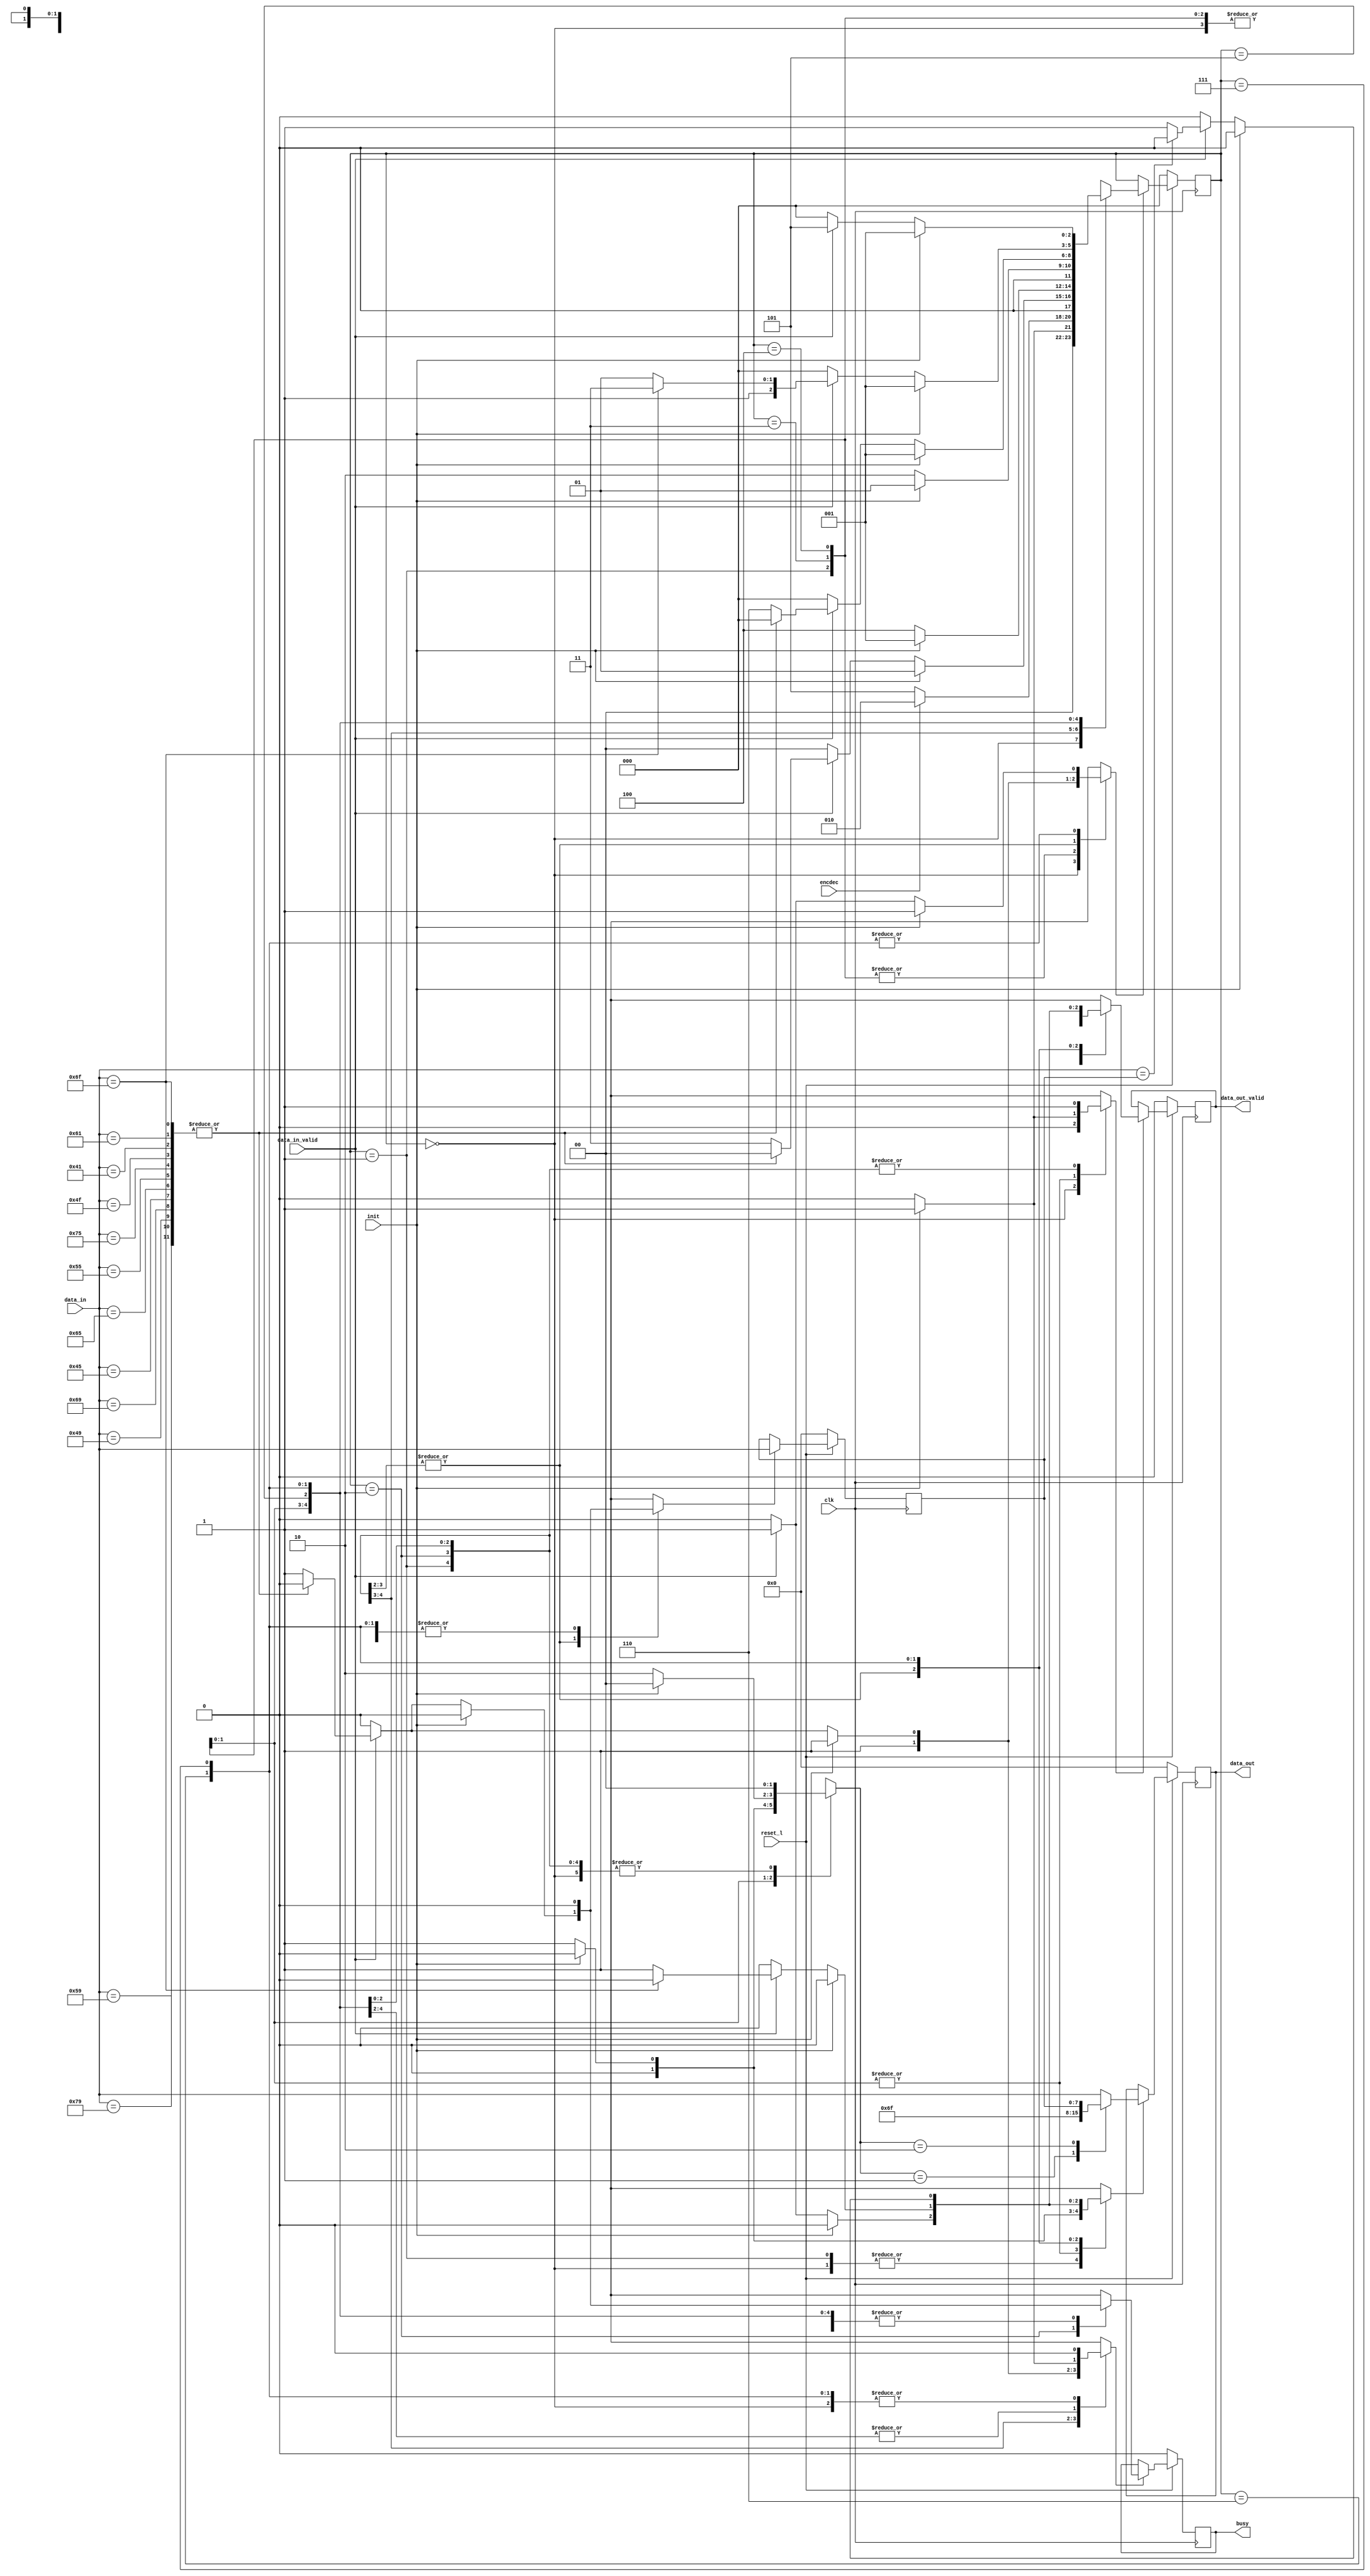
//======================================================================
//
// robber_language.v
// -----------------
// RTL Verilog 2001 compliant code for a simple IP-core that implements
// the "Robber Language" as specified by Astrid Lindgren.
//
// The core accepts 8-bit character data as input and will emit 8-bit
// data.
//
// Copyright (c) 2007-2019, Assured AB
// All rights reserved.
//
// Redistribution and use in source and binary forms, with or
// without modification, are permitted provided that the following
// conditions are met:
//
// 1. Redistributions of source code must retain the above copyright
//    notice, this list of conditions and the following disclaimer.
//
// 2. Redistributions in binary form must reproduce the above copyright
//    notice, this list of conditions and the following disclaimer in
//    the documentation and/or other materials provided with the
//    distribution.
//
// THIS SOFTWARE IS PROVIDED BY THE COPYRIGHT HOLDERS AND CONTRIBUTORS
// "AS IS" AND ANY EXPRESS OR IMPLIED WARRANTIES, INCLUDING, BUT NOT
// LIMITED TO, THE IMPLIED WARRANTIES OF MERCHANTABILITY AND FITNESS
// FOR A PARTICULAR PURPOSE ARE DISCLAIMED. IN NO EVENT SHALL THE
// COPYRIGHT OWNER OR CONTRIBUTORS BE LIABLE FOR ANY DIRECT, INDIRECT,
// INCIDENTAL, SPECIAL, EXEMPLARY, OR CONSEQUENTIAL DAMAGES (INCLUDING,
// BUT NOT LIMITED TO, PROCUREMENT OF SUBSTITUTE GOODS OR SERVICES;
// LOSS OF USE, DATA, OR PROFITS; OR BUSINESS INTERRUPTION) HOWEVER
// CAUSED AND ON ANY THEORY OF LIABILITY, WHETHER IN CONTRACT,
// STRICT LIABILITY, OR TORT (INCLUDING NEGLIGENCE OR OTHERWISE)
// ARISING IN ANY WAY OUT OF THE USE OF THIS SOFTWARE, EVEN IF
// ADVISED OF THE POSSIBILITY OF SUCH DAMAGE.
//
//======================================================================

module robber_language(
	               input wire          clk,
	               input wire          reset_l,

                       input wire [7 : 0]  data_in,
	               input wire          data_in_valid,

	               input wire          init,
	               input wire          encdec,
		       output wire         busy,

	               output wire [7 : 0] data_out,
	               output wire         data_out_valid
	              );


  //----------------------------------------------------------------
  // Constant and parameter definitions.
  //----------------------------------------------------------------
  // Output mux control.
  parameter  DOUT_DIN  = 0;
  parameter  DOUT_OH   = 1;
  parameter  DOUT_HOLD = 2;

  // Symbolic names for control FSM states.
  parameter FSM_IDLE = 0;
  parameter FSM_INIT = 1;
  parameter FSM_ENC0 = 2;
  parameter FSM_ENC1 = 3;
  parameter FSM_ENC2 = 4;
  parameter FSM_DEC0 = 5;
  parameter FSM_DEC1 = 6;
  parameter FSM_DEC2 = 7;


  //----------------------------------------------------------------
  // Register declarations.
  //----------------------------------------------------------------
  // consonant_hold_reg
  // Hold register for received consonants.
  reg [7 : 0] consonant_hold_reg;
  reg 	      consonant_hold_we;

  // data_out_reg
  // Data output register.
  reg [7 : 0] data_out_reg;
  reg [7 : 0] data_out_new;
  reg 	      data_out_we;

  // data_out_valid_reg
  // Data output register.
  reg data_out_valid_reg;
  reg data_out_valid_new;
  reg data_out_valid_we;

  // busy_reg;
  // Output register for the busy signal. We don't want
  // combinational loops from the data_in_valid to busy.
  reg busy_reg;
  reg busy_new;
  reg busy_we;

  // robber_language_state_reg
  // control FSM state register.
  reg [2 : 0] robber_language_state_reg;
  reg [2 : 0] robber_language_state_new;
  reg 	      robber_language_state_we;


  //----------------------------------------------------------------
  // Variable declarations - wires.
  //----------------------------------------------------------------
  // is_consonant
  // flag signal. If set the current data on the data_in port
  // is a consonant.
  reg is_consonant;

  // data_out_mux_ctrl
  // control signal for the data out mux.
  reg [1 : 0]  data_out_mux_ctrl;


  //----------------------------------------------------------------
  // Concurrent assignments
  // Connecting output ports to output registers.
  //----------------------------------------------------------------
  assign busy 		= busy_reg;
  assign data_out 	= data_out_reg;
  assign data_out_valid = data_out_valid_reg;


  //----------------------------------------------------------------
  // reg_update
  // This block contains all the register updates.
  // All registers are positive edge triggered with synchronous
  // active low reset.
  //----------------------------------------------------------------
  always @ (posedge clk)
    begin
      if (!reset_l)
	begin
	  // Reset all registers to defined values.
	  consonant_hold_reg        <= 1'h0;
	  busy_reg 	            <= 1'h0;
	  data_out_reg              <= 1'h0;
	  data_out_valid_reg        <= 1'h0;
	  robber_language_state_reg <= FSM_IDLE;
	end
      else
	begin
	  if (consonant_hold_we)
	    consonant_hold_reg <= data_in;

	  if (busy_we)
	    busy_reg <= busy_new;

	  if (data_out_we)
	    data_out_reg <= data_out_new;

	  if (data_out_valid_we)
	    data_out_valid_reg <= data_out_valid_new;

	  if (robber_language_state_we)
	    robber_language_state_reg <= robber_language_state_new;
	end
    end


  //----------------------------------------------------------------
  // consonant_detect
  // This combinational block implements the logic needed to detect
  // consonants. Simply by eliminating all vowels.
  //----------------------------------------------------------------
  always @*
    begin : consonant_detect
      case (data_in)
        "a", "A", "o", "O", "u", "U", "e", "E", "i", "I", "y", "Y":
          is_consonant = 1'h0;

        default:
          is_consonant = 1'h1;
      endcase // case (data_in)
    end // consonant_detect


  //----------------------------------------------------------------
  // data_out_mux
  // This combinational block implements the mux that selects what
  // the data out register can be updated with. This can be either
  // the data in the hold register, an "o" or the current data in.
  //----------------------------------------------------------------
  always @*
    begin : data_out_mux
      data_out_new = data_in;

      case (data_out_mux_ctrl)
	DOUT_DIN  : data_out_new = data_in;
	DOUT_OH   : data_out_new = "o";
	DOUT_HOLD : data_out_new = consonant_hold_reg;

	default :
	  begin
	  end
      endcase // case(data_out_mux_ctrl)
    end // data_out_mux


  //----------------------------------------------------------------
  // robber_language_ctrl
  // This combinational block contains the control FSM for the
  // pirate cipher core.
  //----------------------------------------------------------------
  always @*
    begin : robber_language_ctrl
      // Default assignments
      data_out_we 	        = 1'h0;
      data_out_valid_new        = 1'h0;
      data_out_valid_we         = 1'h0;
      consonant_hold_we         = 1'h0;
      busy_new 		        = 1'h0;
      busy_we 		        = 1'h0;
      data_out_mux_ctrl         = DOUT_DIN;
      robber_language_state_new = FSM_IDLE;
      robber_language_state_we  = 1'h0;

      case (robber_language_state_reg)
	FSM_IDLE:
	  begin
	    if (init)
	      begin
		robber_language_state_new = FSM_INIT;
		robber_language_state_we  = 1'h1;
	      end
	  end


	FSM_INIT:
	  begin
	    busy_new 	       = 1'h0;
	    busy_we 	       = 1'h1;
	    data_out_valid_new = 1'h0;
	    data_out_valid_we  = 1'h1;

	    if (encdec)
	      begin
		robber_language_state_new = FSM_ENC0;
		robber_language_state_we  = 1'h1;
	      end
	    else
	      begin
		robber_language_state_new = FSM_DEC0;
		robber_language_state_we  = 1'h1;
	      end
	  end


	FSM_ENC0:
	  begin
	    if (init)
	      begin
		busy_new 		  = 1'h0;
		busy_we 		  = 1'h1;
		data_out_valid_new 	  = 1'h0;
		data_out_valid_we 	  = 1'h1;
		robber_language_state_new = FSM_INIT;
		robber_language_state_we  = 1'h1;
	      end
	    else
	      begin
		data_out_valid_new = 1'h0;
		data_out_valid_we  = 1'h1;

		if (data_in_valid)
		  begin
		    data_out_we        = 1'h1;
		    data_out_valid_new = 1'h1;
		    data_out_valid_we  = 1'h1;
		    data_out_mux_ctrl  = DOUT_DIN;

		    if (is_consonant)
		      begin
			busy_new 	          = 1'h1;
			busy_we 	          = 1'h1;
			consonant_hold_we         = 1'h1;
			robber_language_state_new = FSM_ENC1;
			robber_language_state_we  = 1'h1;
		      end
		  end
	      end
	  end


	FSM_ENC1:
	  begin
	    if (init)
	      begin
		busy_new 	        = 1'h0;
		busy_we 	        = 1'h1;
		data_out_valid_new      = 1'h0;
		data_out_valid_we       = 1'h1;
		robber_language_state_new = FSM_INIT;
		robber_language_state_we  = 1'h1;
	      end
	    else
	      begin
		data_out_mux_ctrl       = DOUT_OH;
		data_out_we 	        = 1'h1;
		robber_language_state_new = FSM_ENC2;
		robber_language_state_we  = 1'h1;
	      end
	  end


	FSM_ENC2 :
	  begin
	    if (init)
	      begin
		busy_new 	        = 1'h0;
		busy_we 	        = 1'h1;
		data_out_valid_new      = 1'h0;
		data_out_valid_we       = 1'h1;
		robber_language_state_new = FSM_INIT;
		robber_language_state_we  = 1'h1;
	      end
	    else
	      begin
		data_out_mux_ctrl         = DOUT_HOLD;
		data_out_we 	          = 1'h1;
		robber_language_state_new = FSM_ENC0;
		robber_language_state_we  = 1'h1;
	      end
	  end

	FSM_DEC0:
	  begin
	    if (init)
	      begin
		busy_new 		   = 1'h0;
		busy_we 		   = 1'h1;
		data_out_valid_new 	   = 1'h0;
		data_out_valid_we 	   = 1'h1;
		robber_language_state_new  = FSM_INIT;
		robber_language_state_we   = 1'h1;
	      end
	    else
	      begin
		data_out_valid_new = 1'h0;
		data_out_valid_we  = 1'h1;

		if (data_in_valid)
		  begin
		    data_out_we        = 1'h1;
		    data_out_valid_new = 1'h1;
		    data_out_valid_we  = 1'h1;
		    data_out_mux_ctrl  = DOUT_DIN;

		    if (is_consonant)
		      begin
			consonant_hold_we         = 1'h1;
			robber_language_state_new = FSM_DEC1;
			robber_language_state_we  = 1'h1;
		      end
		  end
	      end
	  end

	FSM_DEC1:
	  begin
	    if (init)
	      begin
		data_out_valid_new = 1'h0;
		data_out_valid_we  = 1'h1;

		robber_language_state_new = FSM_INIT;
		robber_language_state_we  = 1'h1;
	      end
	    else
	      begin
		data_out_valid_new = 1'h0;
		data_out_valid_we  = 1'h1;

		if (data_in_valid)
		  begin
		    if (data_in == "o")
		      begin
			robber_language_state_new = FSM_DEC2;
			robber_language_state_we  = 1'h1;
		      end
		    else
		      begin
			data_out_we               = 1'h1;
			data_out_valid_new        = 1'h1;
			data_out_valid_we         = 1'h1;
			data_out_mux_ctrl         = DOUT_DIN;
			robber_language_state_new = FSM_DEC0;
			robber_language_state_we  = 1'h1;
		      end
		  end
	      end
	  end

	// FSM_DEC2
	FSM_DEC2 :
	  begin
	    if (init)
	      begin
		data_out_valid_new        = 1'h0;
		data_out_valid_we         = 1'h1;
		robber_language_state_new = FSM_INIT;
		robber_language_state_we  = 1'h1;
	      end
	    else
	      begin
		data_out_valid_new = 1'h0;
		data_out_valid_we  = 1'h1;

		if (data_in_valid)
		  begin
		    if (data_in == consonant_hold_reg)
		      begin
			robber_language_state_new = FSM_DEC0;
			robber_language_state_we  = 1'h1;
		      end
		    else
		      begin
			data_out_we 	          = 1'h1;
			data_out_valid_new        = 1'h1;
			data_out_valid_we         = 1'h1;
			data_out_mux_ctrl         = DOUT_DIN;
			robber_language_state_new = FSM_DEC0;
			robber_language_state_we  = 1'h1;
		      end
		  end
	      end
	  end


	default :
	  begin
	  end
      endcase // case (robber_language_state_reg)
    end // block: robber_language_ctrl
endmodule // robber_language

//======================================================================
// EOF robber_language.v
//======================================================================